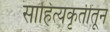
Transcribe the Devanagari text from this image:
साहित्यकृतींतून